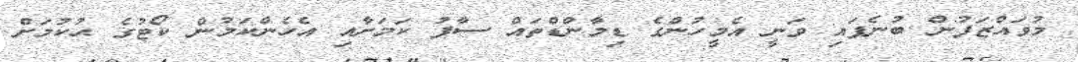
މުވައްޒަފުން ބުނެފައި ވަނީ އެމީހުންގެ ޑިމާންޑްތައް ސާފު ކަމަށާއި އެހެންކަމުން ކޯޓުގެ ޙުކުމަށް